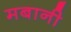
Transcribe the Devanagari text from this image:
मबानी